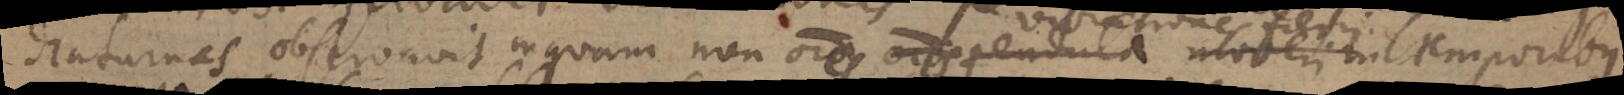
diuturnas observavit inquam non omnes pendula moveri in temporibus